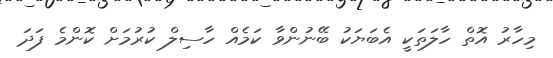
މިހާރު އޮތް ހާލަތަކީ އެބަޔަކު ބޭނުންވާ ކަމެއް ހާސިލް ކުރުމަށް ކޮންމެ ފަދަ